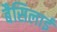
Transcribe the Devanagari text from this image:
बैसिलाई